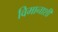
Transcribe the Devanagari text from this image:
विमानाशी